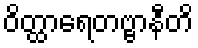
ဝိတ္ထာရေတဗ္ဗာနီတိ